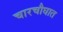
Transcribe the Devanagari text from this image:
चारचौघात